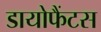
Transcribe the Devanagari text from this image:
डायोफैंटस